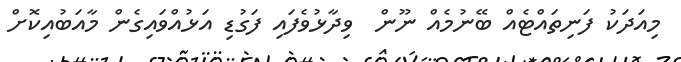
މިއަދަކު ފަނިތައްޓެއް ބޭނުމެއް ނޫން  ވިދާޅުވެފައި ފަގުޑި އަޅުއްވައިގެން މާއަބުއިކޮށް